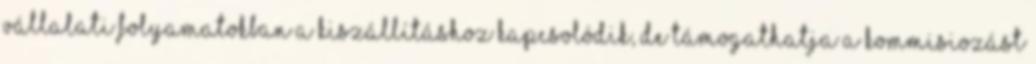
vállalati folyamatokban a kiszállításhoz kapcsolódik, de támogathatja a kommisiozást